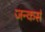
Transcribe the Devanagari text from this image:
जन्कर्स